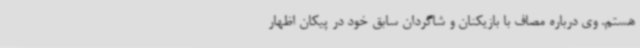
هستم. وی درباره مصاف با بازیکنان و شاگردان سابق خود در پیکان اظهار